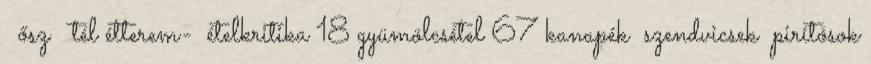
ősz tél étterem- ételkritika 18 gyümölcsétel 67 kanapék szendvicsek pirítósok